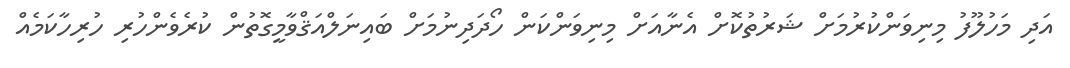
އަދި މަހުލޫފު މިނިވަންކުރުމަށް ޝަރުތުކޮށް އެނާއަށް މިނިވަންކަން ހޯދަދިނުމަށް ބައިނަލްއަޤްވާމީގޮތުން ކުރެވެންހުރި ހުރިހާކަމެއް